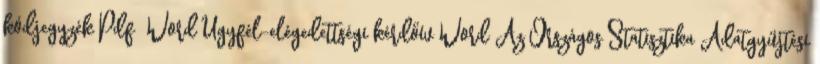
kódjegyzék Pdf Word Ügyfél-elégedettségi kérdőív Word Az Országos Statisztika Adatgyűjtési